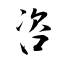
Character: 咨